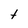
Character: t